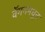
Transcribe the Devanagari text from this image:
वॅगनमधून